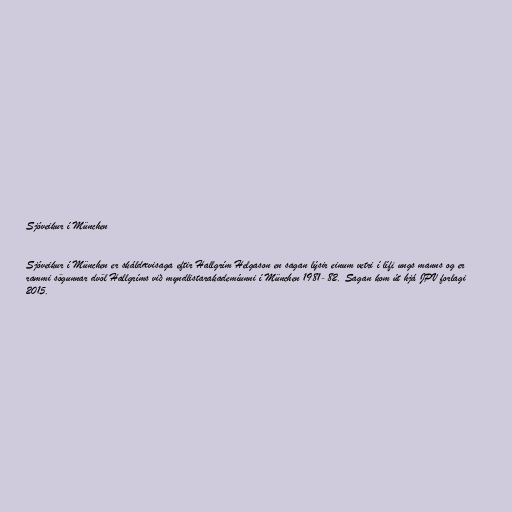
Sjóveikur í München

Sjóveikur í München er skáldævisaga eftir Hallgrím Helgason en sagan lýsir einum vetri í lífi ungs manns og er
rammi sögunnar dvöl Hallgríms við myndlistarakademíunni í München 1981-82. Sagan kom út hjá JPV forlagi
2015.